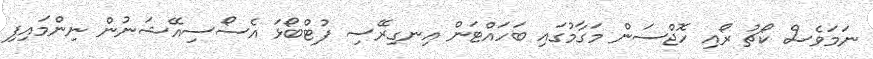
ނަމަވެސް ކޯޗު ރޯއި ހޮޖްސަން މަގާމުގައި ބަހައްޓަން އިނގިރޭސި ފުޓްބޯޅަ އެސޯސިއޭޝަނުން ނިންމައިފި